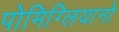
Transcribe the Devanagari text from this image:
पोमिग्लियानो